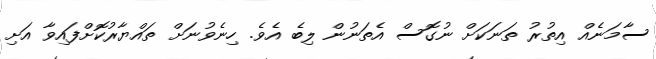
ސާމަނެއް އިތުރު ތަނަކަށް ނުގޮސް އެތަނުން ލިބެ އެވެ. ހިނެވުނަށް ތަައްޔާރުކޮށްފައިވާ އަށި